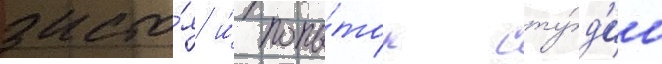
засто́я и́ попы́ток сту́д'ии